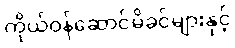
ကိုယ်ဝန်ဆောင်မိခင်များနှင့်